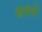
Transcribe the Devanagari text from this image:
श्वदंतों